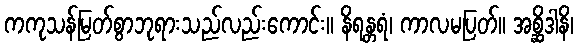
ကကုသန်မြတ်စွာဘုရားသည်လည်းကောင်း။ နိရန္တရံ၊ ကာလမပြတ်။ အစ္ဆိဒါနိ၊